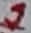
Text: 1